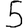
Digit: 5